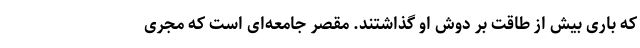
که باری بیش از طاقت بر دوش او گذاشتند. مقصر جامعه‌ای است که مجری